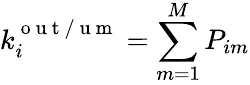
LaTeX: k_{i}^{\mathrm{~o~u~t~/~u~m~}}=\sum_{m=1}^{M}P_{im}